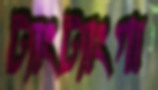
ট্যাংট্যাংগা